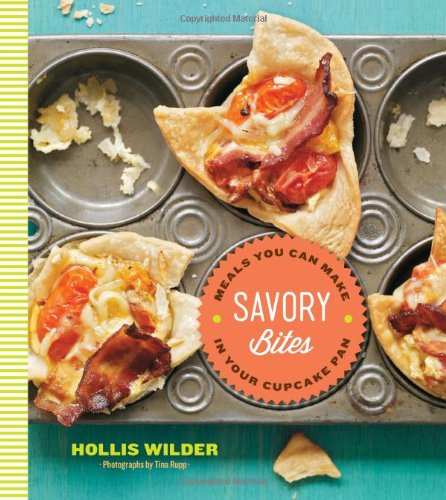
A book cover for Savory Bites: Meals You can Make in Your Cupcake Pan; Hollis Wilder; Cookbooks, Food & Wine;